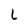
Character: L